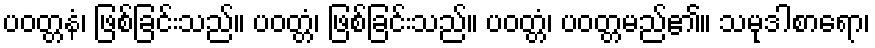
ပဝတ္တနံ၊ ဖြစ်ခြင်းသည်။ ပဝတ္တံ၊ ဖြစ်ခြင်းသည်။ ပဝတ္တံ၊ ပဝတ္တမည်၏။ သမုဒါစာရော၊